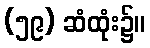
(၅၉) ဆံထုံး၌။